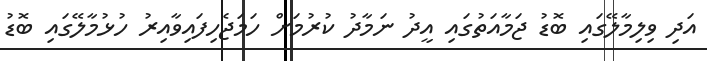
އަދި ވިލިމާލޭގައި ބޮޑު ޖަމާއަތުގައި އީދު ނަމާދު ކުރުމަށް ހަމަޖެހިފައިވާއިރު ހުޅުމާލޭގައި ބޮޑު